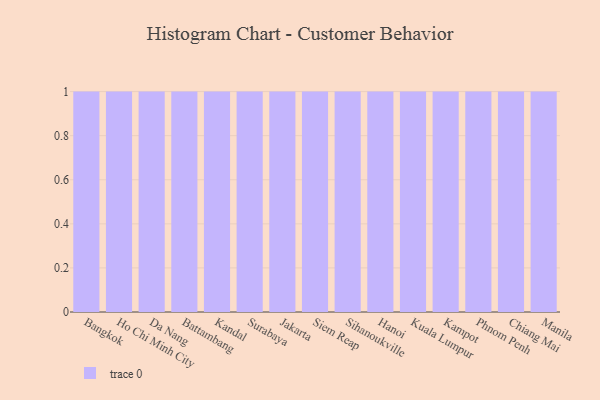
{"axis": {"x": "City", "y": "Population (Million)"}, "legend": [""], "data": [{"x": "Bangkok", "y": 93, "type": ""}, {"x": "Ho Chi Minh City", "y": 68, "type": ""}, {"x": "Da Nang", "y": 23, "type": ""}, {"x": "Battambang", "y": 84, "type": ""}, {"x": "Kandal", "y": 57, "type": ""}, {"x": "Surabaya", "y": 27, "type": ""}, {"x": "Jakarta", "y": 40, "type": ""}, {"x": "Siem Reap", "y": 33, "type": ""}, {"x": "Sihanoukville", "y": 22, "type": ""}, {"x": "Hanoi", "y": 43, "type": ""}, {"x": "Kuala Lumpur", "y": 95, "type": ""}, {"x": "Kampot", "y": 62, "type": ""}, {"x": "Phnom Penh", "y": 10, "type": ""}, {"x": "Chiang Mai", "y": 17, "type": ""}, {"x": "Manila", "y": 20, "type": ""}]}